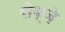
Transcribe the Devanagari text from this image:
रोय्ज़े